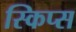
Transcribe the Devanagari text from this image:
स्किप्स